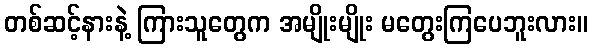
တစ်ဆင့်နားနဲ့ ကြားသူတွေက အမျိုးမျိုး မတွေးကြပေဘူးလား။